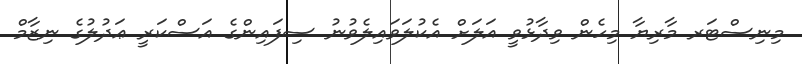
މިނިސްޓަރ މާރިޔާ މިހެން ވިދާޅުވީ އަލަށް އެކުލަވައިލެވުނު ސިފައިންގެ އަސްކަރީ ޢަދުލުގެ ނިޒާމް